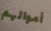
أموالهم